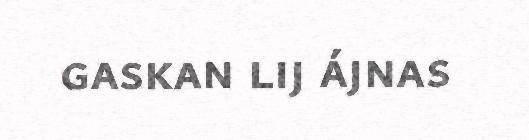
gaskan lij ájnas